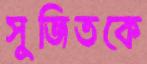
সুজিতকে